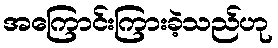
အကြောင်းကြားခဲ့သည်ဟု